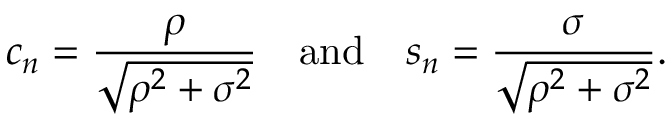
c _ { n } = { \frac { \rho } { \sqrt { \rho ^ { 2 } + \sigma ^ { 2 } } } } \quad { \mathrm { a n d } } \quad s _ { n } = { \frac { \sigma } { \sqrt { \rho ^ { 2 } + \sigma ^ { 2 } } } } .